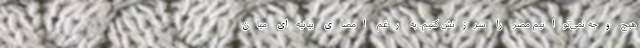
هیچ وجه نمی‌توانیم مصر را سرزنش کنیم. به رغم امضای بیانیه‌ای میان